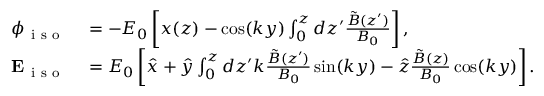
\begin{array} { r l } { \phi _ { \mathrm { ~ i ~ s ~ o ~ } } } & { { } = - E _ { 0 } \left[ x ( z ) - \cos ( k y ) \int _ { 0 } ^ { z } d z ^ { \prime } \frac { \tilde { B } ( z ^ { \prime } ) } { B _ { 0 } } \right] , } \\ { \mathbf { E } _ { \mathrm { ~ i ~ s ~ o ~ } } } & { { } = E _ { 0 } \left[ \hat { x } + \hat { y } \int _ { 0 } ^ { z } d z ^ { \prime } k \frac { \tilde { B } ( z ^ { \prime } ) } { B _ { 0 } } \sin ( k y ) - \hat { z } \frac { \tilde { B } ( z ) } { B _ { 0 } } \cos ( k y ) \right] . } \end{array}